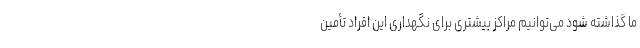
ما گذاشته شود می‌توانیم مراکز بیشتری برای نگهداری این افراد تأمین